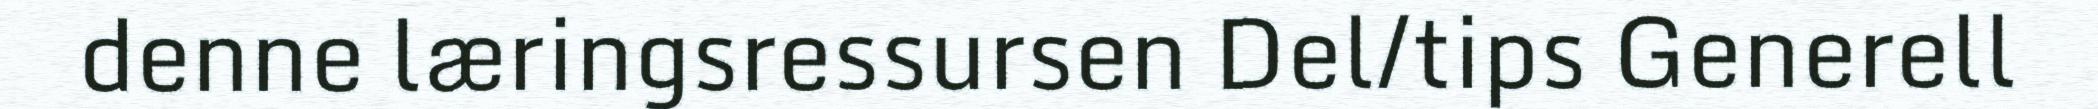
denne læringsressursen Del/tips Generell